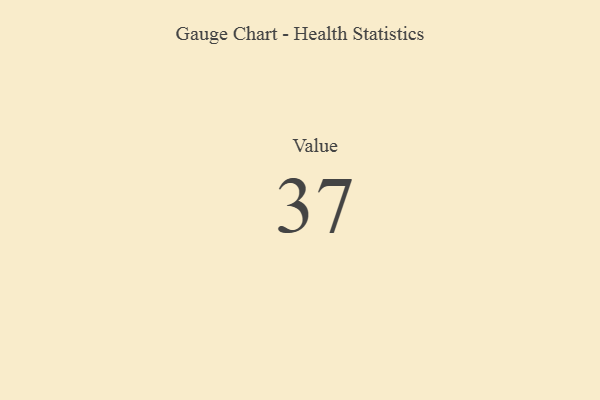
{"axis": {"x": "Metric", "y": "Value"}, "legend": [""], "data": [{"x": "Value", "y": 37, "type": ""}]}